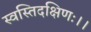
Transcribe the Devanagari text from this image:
स्वस्तिदक्षिणः।।